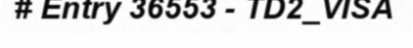
# Entry 36553 - TD2_VISA